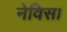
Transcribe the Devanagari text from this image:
नेविस।